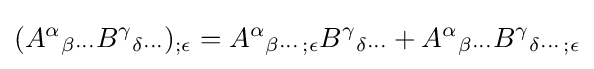
(A^{\alpha }{}_{\beta \cdots }B^{\gamma }{}_{\delta \cdots })_{;\epsilon }=A^{\alpha }{}_{\beta \cdots ;\epsilon }B^{\gamma }{}_{\delta \cdots }+A^{\alpha }{}_{\beta \cdots }B^{\gamma }{}_{\delta \cdots ;\epsilon }